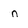
Character: n